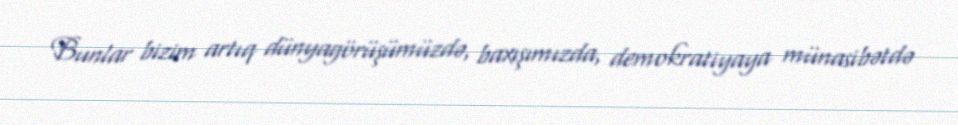
Bunlar bizim artıq dünyagörüşümüzdə, baxışımızda, demokratiyaya münasibətdə